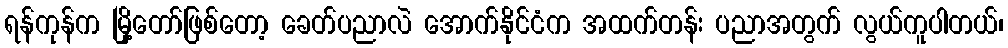
ရန်ကုန်က မြို့တော်ဖြစ်တော့ ခေတ်ပညာလဲ အောက်နိုင်ငံက အထက်တန်း ပညာအတွက် လွယ်ကူပါတယ်၊